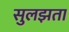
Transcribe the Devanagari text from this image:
सुलझता